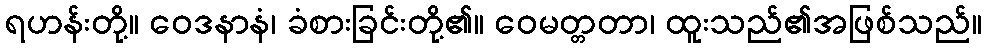
ရဟန်းတို့။ ဝေဒနာနံ၊ ခံစားခြင်းတို့၏။ ဝေမတ္တတာ၊ ထူးသည်၏အဖြစ်သည်။